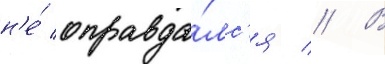
н'е́ оправда́лс'я // В